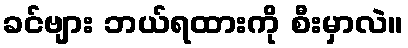
ခင်ဗျား ဘယ်ရထားကို စီးမှာလဲ။